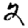
Digit: 2